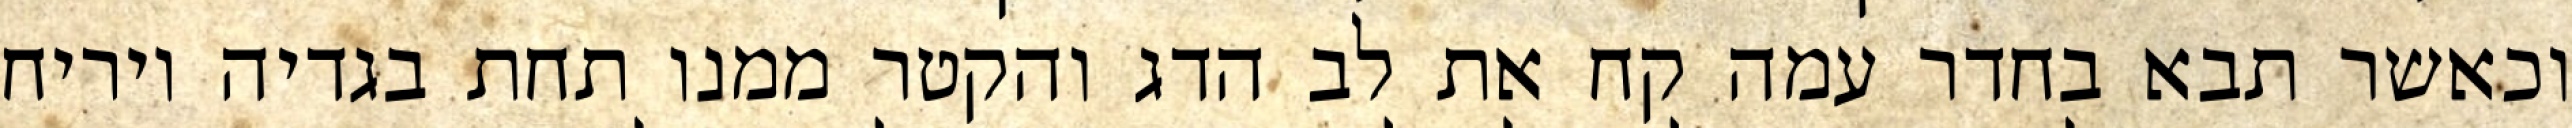
וכאשר תבא בחדר עמה קח את לב הדג והקטר ממנו תחת בגדיה ויריח